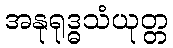
အနုရုဒ္ဓသံယုတ္တ